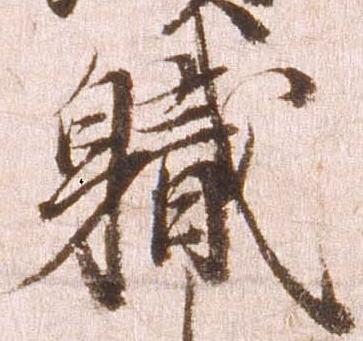
職